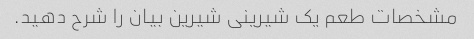
مشخصات طعم یک شیرینی شیرین بیان را شرح دهید.